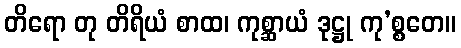
တိရော တု တိရိယံ စာထ၊ ကုစ္ဆာယံ ဒုဋ္ဌု ကု’စ္စတေ။